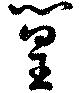
篁